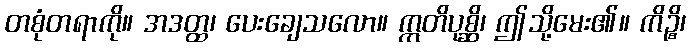
တစုံတရာကို။ အဒတ္ထ၊ ပေးချေသလော။ ဣတိပုစ္ဆိ၊ ဤသို့မေး၏။ ကိဉ္စိ၊